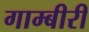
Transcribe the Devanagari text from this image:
गाम्बीरी